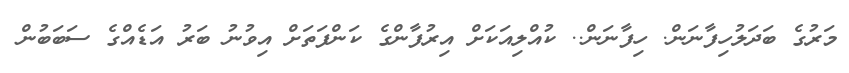
މަރުގެ ބަދަލުހިފާނަން. ހިފާނަން.. ކުއްލިއަކަށް އިރުފާންގެ ކަންފަތަށް އިވުނު ބަރު އަޑެއްގެ ސަބަބުން